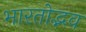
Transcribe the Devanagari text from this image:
भारतोद्भव